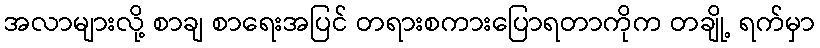
အလာများလို့ စာချ စာရေးအပြင် တရားစကားပြောရတာကိုက တချို့ ရက်မှာ